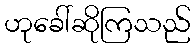
ဟုခေါ်ဆိုကြသည်